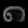
Digit: ၈